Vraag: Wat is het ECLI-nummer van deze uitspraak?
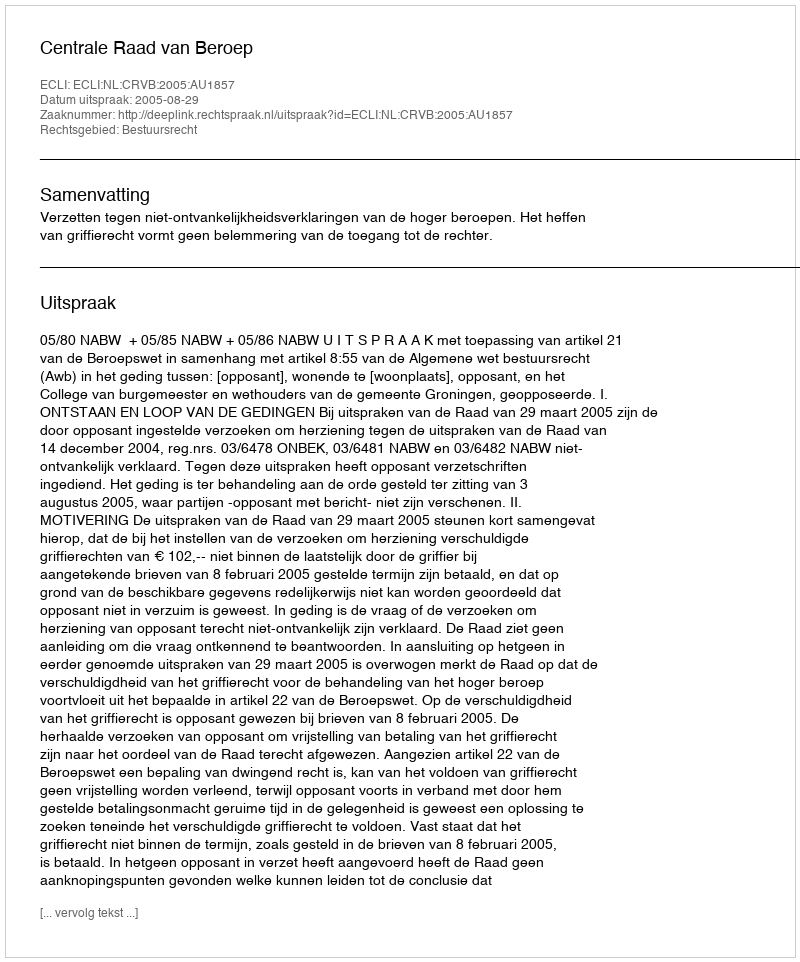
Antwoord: ECLI:NL:CRVB:2005:AU1857